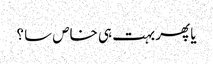
یا پھر بہت ہی خاص سا ؟